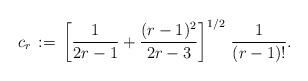
LaTeX: \begin{align*}c_r\,:=\, \left[\frac1{2r-1}+\frac{(r-1)^2}{2r-3}\right]^{1/2}\,\frac1{(r-1)!}.\end{align*}